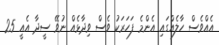
އެއްވެސް ހާލެއްގައި އެންމެ ފަހަރަކު ވެސް ވިދާޅެއް ނުވޭ ސީދާ އެއީ 25